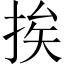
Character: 挨